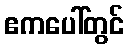
ဧကပေါ်တွင်